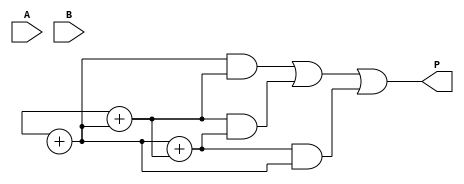
module FaultTolerantWallaceTreeMultiplier #(parameter N = 4) (
    input  [N-1:0] A,
    input  [N-1:0] B,
    output reg [2*N-1:0] P
);

    wire [N-1:0] pp [0:N-1]; // Partial products
    wire [2*N-1:0] sum [0:N-1]; // Sums at each stage
    wire [2*N-1:0] final_sum;

    // Partial Product Generation
    genvar i, j;
    generate
        for (i = 0; i < N; i = i + 1) begin : pp_gen
            for (j = 0; j < N; j = j + 1) begin : pp_bit
                assign pp[i][j] = A[i] & B[j];
            end
        end
    endgenerate

    // Wallace Tree Reduction
    generate
        for (i = 0; i < N; i = i + 1) begin : wallace_tree
            if (i == 0) begin
                assign sum[i] = {1'b0, pp[0]} + {pp[1], 1'b0} + {pp[2], 2'b00};
            end else if (i == 1) begin
                assign sum[i] = {1'b0, sum[i-1]} + {pp[i+1], 2'b00};
            end
        end
    endgenerate

    // Final Addition using TMR
    wire [2*N-1:0] final_sum1, final_sum2, final_sum3;
    wire [2*N-1:0] final_output;

    // First Redundant Adder
    assign final_sum1 = sum[N-1] + sum[N-2];

    // Second Redundant Adder
    assign final_sum2 = sum[N-1] + final_sum1;

    // Third Redundant Adder
    assign final_sum3 = final_sum1 + final_sum2;

    // Majority Voting Logic
    assign final_output = (final_sum1 & final_sum2) | (final_sum2 & final_sum3) | (final_sum3 & final_sum1);

    always @(*) begin
        P = final_output; // Assign final product
    end

endmodule